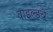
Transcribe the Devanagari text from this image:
वाइल्डचे